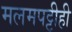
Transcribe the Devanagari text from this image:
मलमपट्टीही